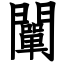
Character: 闡